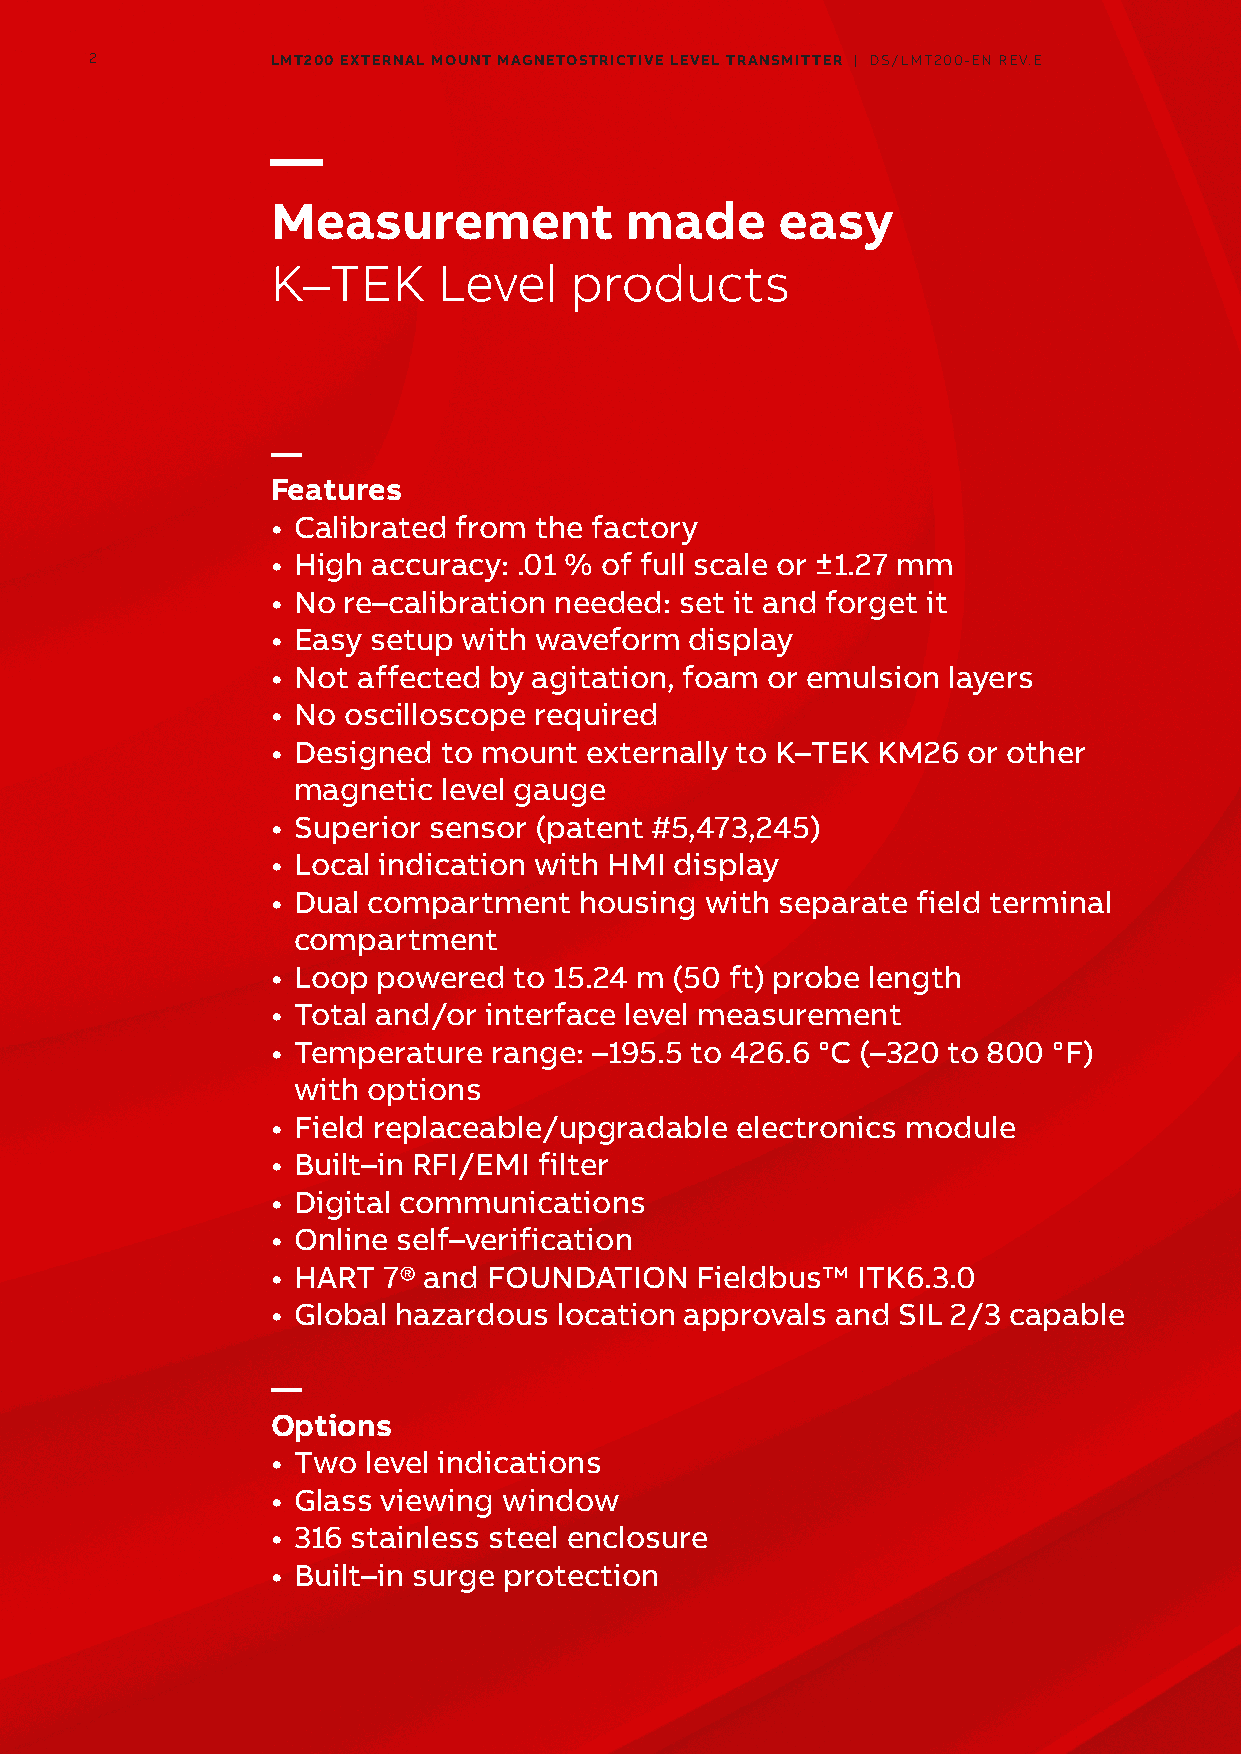
2           LMT200 EXTERNAL MOUNT MAGNETOSTRICTIVE LEVEL TRANSMITTER | DS/LMT200-EN REV.E
 —
 Measurement            made      easy
 K–TEK      Level    products
 —
 Features
 • Calibrated from the factory
 • High accuracy: .01 % of full scale or ±1.27 mm
 • No re–calibration needed: set it and forget it
 • Easy setup with waveform  display
 • Not affected by agitation, foam or emulsion layers
 • No oscilloscope required
 • Designed to mount  externally to K–TEK KM26 or other
 magnetic  level gauge
 • Superior sensor (patent #5,473,245)
 • Local indication with HMI display
 • Dual compartment  housing  with separate field terminal
 compartment
 • Loop powered  to 15.24 m (50 ft) probe length
 • Total and/or interface level measurement
 • Temperature  range: –195.5 to 426.6 °C (–320 to 800 °F)
 with options
 • Field replaceable/upgradable electronics module
 • Built–in RFI/EMI filter
 • Digital communications
 • Online self–verification
 • HART 7® and FOUNDATION    Fieldbus™  ITK6.3.0
 • Global hazardous location approvals and SIL 2/3 capable
 —
 Options
 • Two level indications
 • Glass viewing window
 • 316 stainless steel enclosure
 • Built–in surge protection